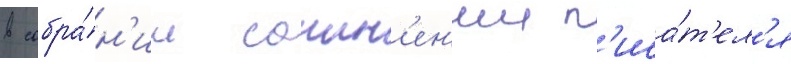
в собра́н'ии сочин'ен'ии п'иса́т'ел'я